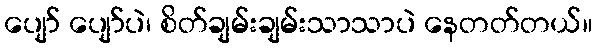
ပျော် ပျော်ပဲ၊ စိတ်ချမ်းချမ်းသာသာပဲ နေတတ်တယ်။